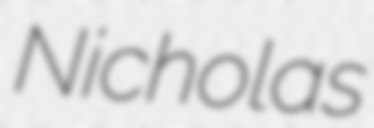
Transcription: Nicholas